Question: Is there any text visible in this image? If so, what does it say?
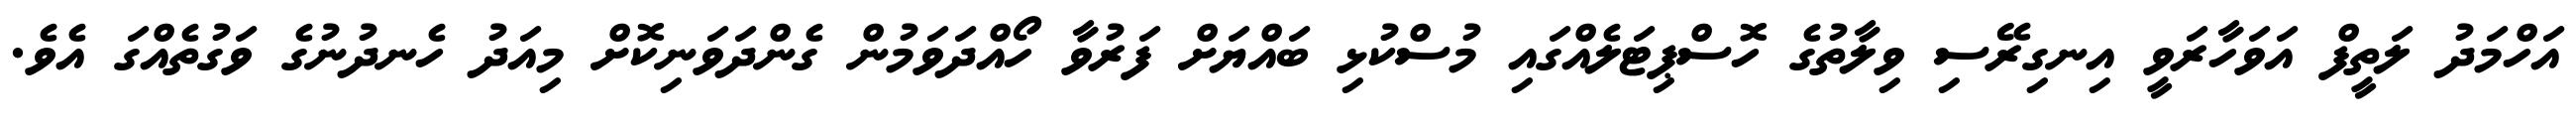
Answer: އަހްމަދު ލަތީފް އަވަހާރަވީ އިނގިރޭސި ވިލާތުގެ ހޮސްޕިޓަލެއްގައި މުސްކުޅި ބައްޔަށް ފަރުވާ ހޯއްދަވަމުން ގެންދަވަނިކޮށް މިއަދު ހެނދުނުގެ ވަގުތެއްގަ އެވެ.